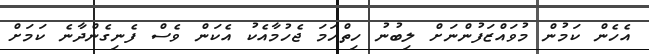
އެހެން ކަމުން މުވައްޒަފުންނަށް ލިބުނު ހިތްހަމަ ޖެހުމާއެކު އެކަން ވެސް ފެނިގެންދާނެ ކަމަށް